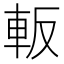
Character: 䡊